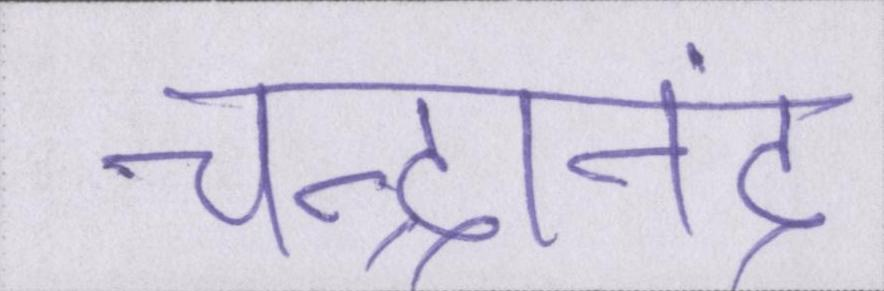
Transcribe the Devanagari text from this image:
चन्द्रानंद